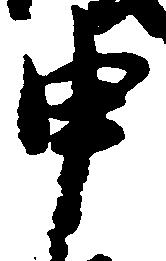
申